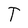
Character: T